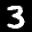
Label: 3